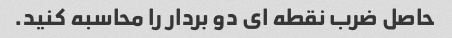
حاصل ضرب نقطه ای دو بردار را محاسبه کنید.